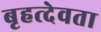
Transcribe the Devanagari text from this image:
बृहत्देवता